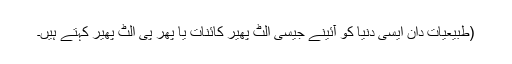
(طبیعیات دان ایسی دنیا کو آئینے جیسی الٹ پھیر کائنات یا پھر پی الٹ پھیر کہتے ہیں۔